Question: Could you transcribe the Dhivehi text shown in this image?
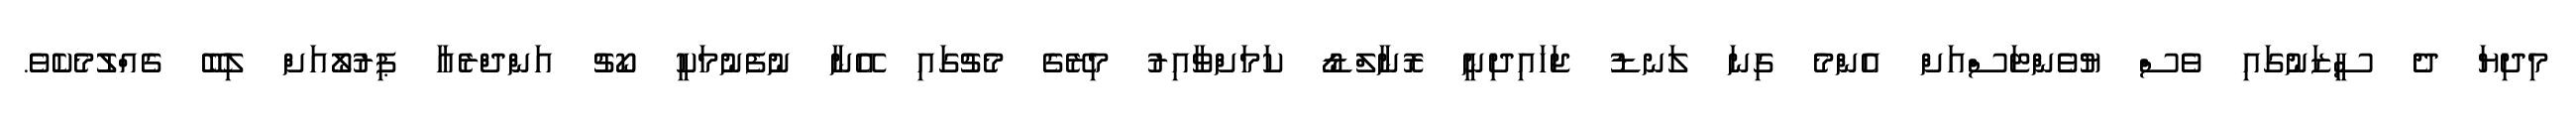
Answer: މިދިޔަ ދެ ސީޒަނުގައި ވެސް ޔުވެންޓަސްއަށް އެންމެ ގިނަ ލަނޑު ޖަހައިދިނީ ރޮނާލްޑޯ ކަމަށްވާއިރު މިރޭގެ މެޗުގައި އޭނާ ނުފެނުމަކީ ކޯޗު އަންދްރެއާ ޕިރުލޯއަށް ލިބޭ ގެއްލުމެކެވެ.